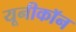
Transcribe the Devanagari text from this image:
यूनीकॉन